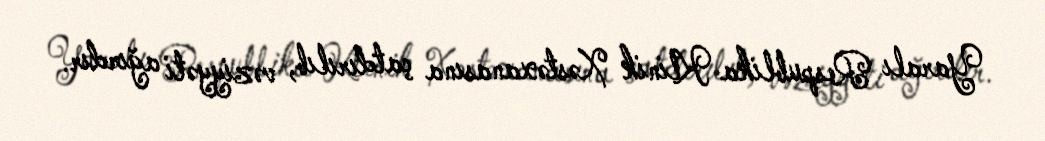
Yaralı Respublika Klinik Xəstəxanasına çatdırılıb, vəziyyəti ağırdır.